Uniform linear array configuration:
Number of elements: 32
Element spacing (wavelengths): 0.25
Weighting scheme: uniform
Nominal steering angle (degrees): -15
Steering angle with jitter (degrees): -15.724
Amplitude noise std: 0.05
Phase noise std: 0.05

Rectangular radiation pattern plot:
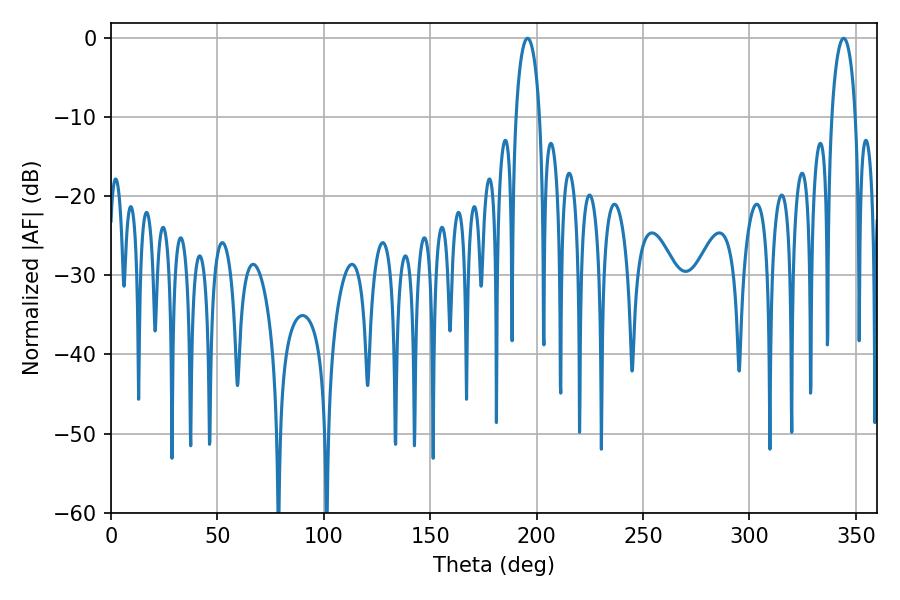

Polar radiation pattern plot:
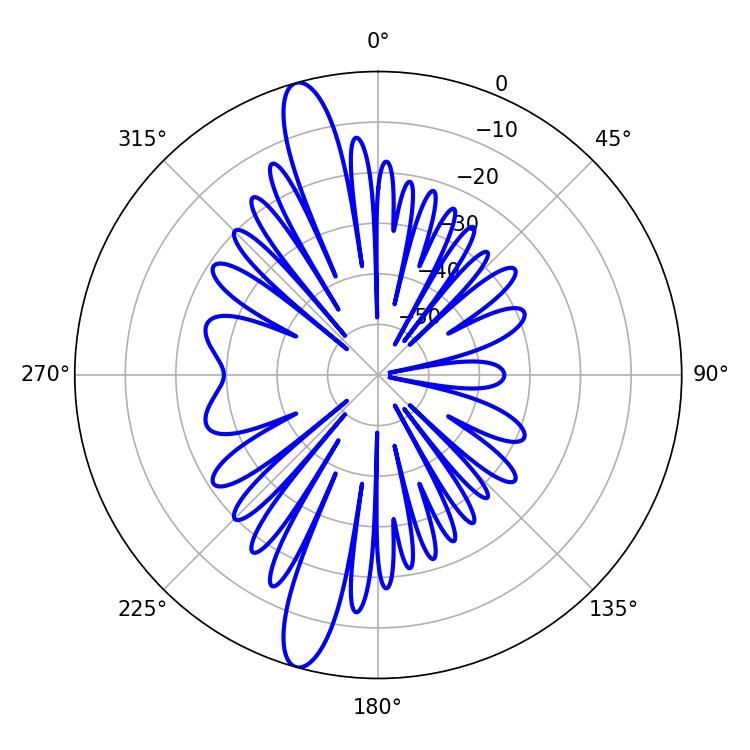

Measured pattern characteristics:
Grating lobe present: FALSE
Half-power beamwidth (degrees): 6.3
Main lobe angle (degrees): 195.66